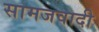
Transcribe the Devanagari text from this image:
सामजवादी